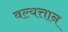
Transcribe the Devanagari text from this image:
वल्यत्तान